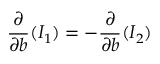
\frac { \partial } { \partial b } ( I _ { 1 } ) = - \frac { \partial } { \partial b } ( I _ { 2 } )